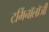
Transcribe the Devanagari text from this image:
टर्मिनाॅलाॅजी